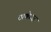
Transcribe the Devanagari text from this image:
ठाणेच्‍या